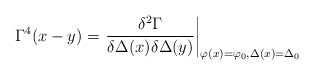
\begin{align*}\Gamma^{4}(x-y)=\left.\frac{\delta^2 \Gamma}{\delta\Delta(x)\delta \Delta(y)}\right|_{\varphi(x)=\varphi_{0},\Delta(x)=\Delta_{0}}\end{align*}